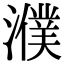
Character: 濮